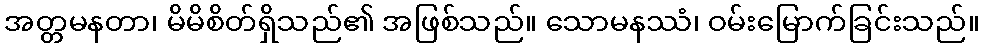
အတ္တမနတာ၊ မိမိစိတ်ရှိသည်၏ အဖြစ်သည်။ သောမနဿံ၊ ဝမ်းမြောက်ခြင်းသည်။